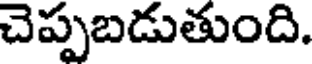
చెప్పబడుతుంది.